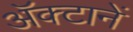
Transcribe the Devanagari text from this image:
अॅक्टानें